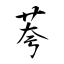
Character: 荂